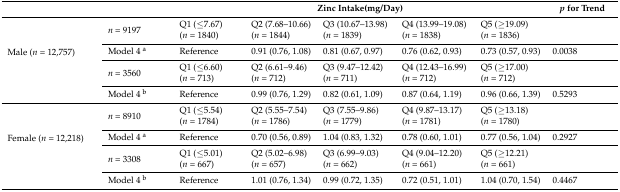
<table><thead><tr><td></td><td></td><td colspan="5"><b>Zinc Intake(mg/Day)</b></td><td><b><i>p</i> for Trend</b></td></tr></thead><tbody><tr><td rowspan="6">Male (<i>n</i> = 12,757)</td><td rowspan="2"><i>n</i> = 9197</td><td>Q1 (≤7.67)</td><td>Q2 (7.68–10.66)</td><td>Q3 (10.67–13.98)</td><td>Q4 (13.99–19.08)</td><td>Q5 (≥19.09)</td><td rowspan="2"></td></tr><tr><td>(<i>n</i> = 1840)</td><td>(<i>n</i> = 1844)</td><td>(<i>n</i> = 1839)</td><td>(<i>n</i> = 1838)</td><td>(<i>n</i> = 1836)</td></tr><tr><td>Model 4 <sup>a</sup></td><td>Reference</td><td>0.91 (0.76, 1.08)</td><td>0.81 (0.67, 0.97)</td><td>0.76 (0.62, 0.93)</td><td>0.73 (0.57, 0.93)</td><td>0.0038</td></tr><tr><td rowspan="2"><i>n</i> = 3560</td><td>Q1 (≤6.60)</td><td>Q2 (6.61–9.46)</td><td>Q3 (9.47–12.42)</td><td>Q4 (12.43–16.99)</td><td>Q5 (≥17.00)</td><td rowspan="2"></td></tr><tr><td>(<i>n</i> = 713)</td><td>(<i>n</i> = 712)</td><td>(<i>n</i> = 711)</td><td>(<i>n</i> = 712)</td><td>(<i>n</i> = 712)</td></tr><tr><td>Model 4 <sup>b</sup></td><td>Reference</td><td>0.99 (0.76, 1.29)</td><td>0.82 (0.61, 1.09)</td><td>0.87 (0.64, 1.19)</td><td>0.96 (0.66, 1.39)</td><td>0.5293</td></tr><tr><td rowspan="6">Female (<i>n</i> = 12,218)</td><td rowspan="2"><i>n</i> = 8910</td><td>Q1 (≤5.54)</td><td>Q2 (5.55–7.54)</td><td>Q3 (7.55–9.86)</td><td>Q4 (9.87–13.17)</td><td>Q5 (≥13.18) </td><td rowspan="2"></td></tr><tr><td>(<i>n</i> = 1784)</td><td>(<i>n</i> = 1786)</td><td>(<i>n</i> = 1779)</td><td>(<i>n</i> = 1781)</td><td>(<i>n</i> = 1780)</td></tr><tr><td>Model 4 <sup>a</sup></td><td>Reference</td><td>0.70 (0.56, 0.89)</td><td>1.04 (0.83, 1.32)</td><td>0.78 (0.60, 1.01)</td><td>0.77 (0.56, 1.04)</td><td>0.2927</td></tr><tr><td rowspan="2"><i>n</i> = 3308</td><td>Q1 (≤5.01)</td><td>Q2 (5.02–6.98)</td><td>Q3 (6.99–9.03)</td><td>Q4 (9.04–12.20)</td><td>Q5 (≥12.21)</td><td rowspan="2"></td></tr><tr><td>(<i>n</i> = 667)</td><td>(<i>n</i> = 657)</td><td>(<i>n</i> = 662)</td><td>(<i>n</i> = 661)</td><td>(<i>n</i> = 661)</td></tr><tr><td>Model 4 <sup>b</sup></td><td>Reference</td><td>1.01 (0.76, 1.34)</td><td>0.99 (0.72, 1.35)</td><td>0.72 (0.51, 1.01)</td><td>1.04 (0.70, 1.54)</td><td>0.4467</td></tr></tbody></table>